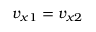
v _ { x 1 } = v _ { x 2 }